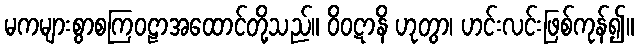
မကများစွာစကြဝဠာအထောင်တို့သည်။ ဝိဝဋာနိ ဟုတွာ၊ ဟင်းလင်းဖြစ်ကုန်၍။